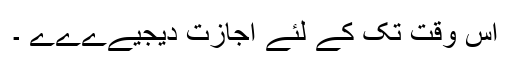
اس وقت تک کے لئے اجازت دیجیےےےے ۔